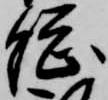
総